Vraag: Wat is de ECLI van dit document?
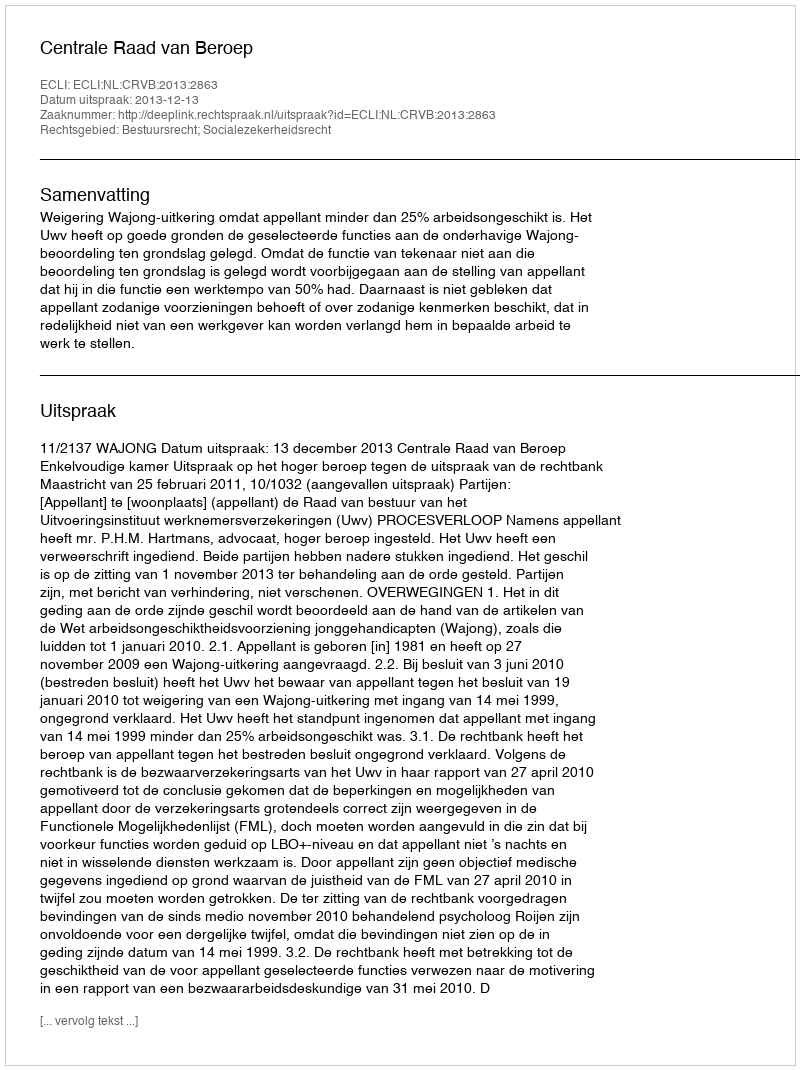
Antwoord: ECLI:NL:CRVB:2013:2863